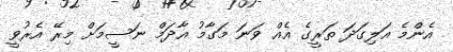
އެންމެ އަލިގަދަ ތަރީގެ އެއް ވަނަ މަގާމު އާދަމް ނަސީމަށް މިރޭ އެރުވީީ